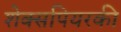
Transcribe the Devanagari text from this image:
शेक्सपियरकी